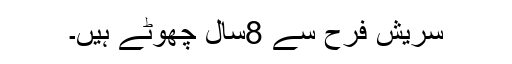
سریش فرح سے 8سال چھوٹے ہیں۔